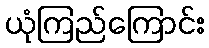
ယုံကြည်ကြောင်း